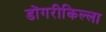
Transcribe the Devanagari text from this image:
डोंगरीकिल्ला